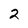
Character: 2